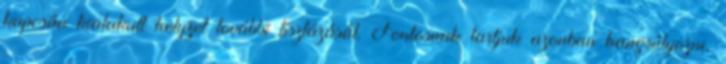
kapcsán kialakult helyzet további tisztázását. Fontosnak tartjuk azonban hangsúlyozni,